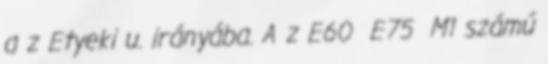
a z Etyeki u. irányába. A z E60 E75 M1 számú